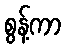
စွန့်ကာ